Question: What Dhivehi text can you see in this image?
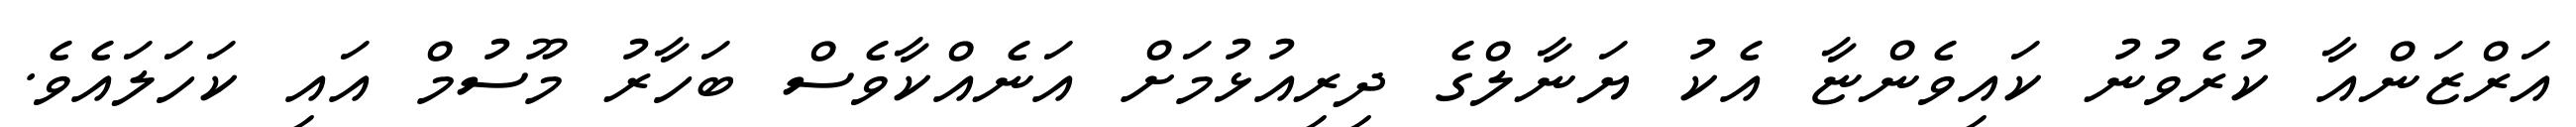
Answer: އަރްޒަންއާ ކުރެވުނު ކައިވެންޏާ އެކު ޔަނާލްގެ ދިރިއުޅުމަށް އަނެއްކާވެސް ބަހާރު މޫސުމް އައި ކަހަލައެވެ.